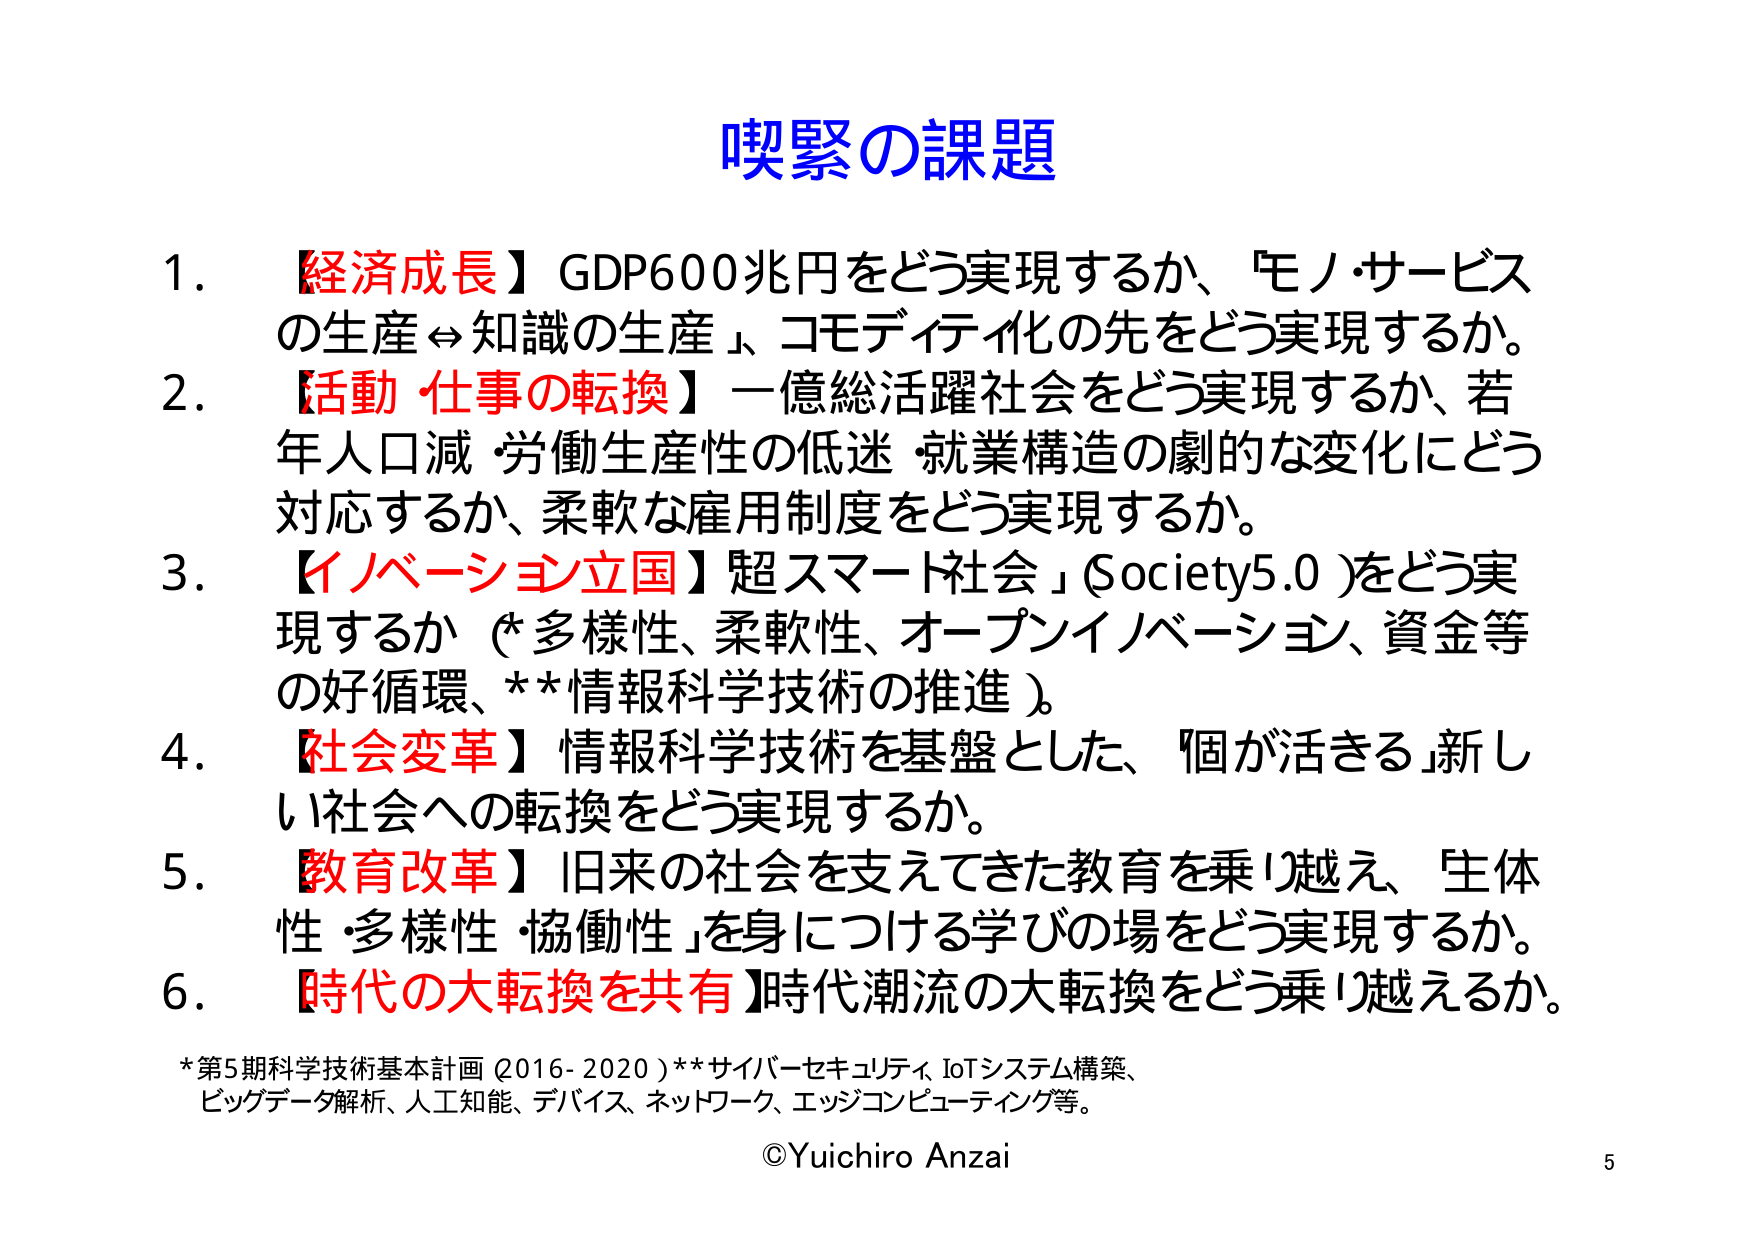
喫緊の課題

1. 【経済成長】GDP600兆円をどう実現するか、「モノ・サービスの生産⇔知識の生産」、コモディティ化の先をどう実現するか。
2. 【活動・仕事の転換】一億総活躍社会をどう実現するか、若年人口減・労働生産性の低迷・就業構造の劇的な変化にどう対応するか、柔軟な雇用制度をどう実現するか。
3. 【イノベーション立国】「超スマート社会」(Society5.0)をどう実現するか（*多様性、柔軟性、オープンイノベーション、資金等の好循環、**情報科学技術の推進）。
4. 【社会変革】情報科学技術を基盤とした、「個が活きる」新しい社会への転換をどう実現するか。
5. 【教育改革】旧来の社会を支えてきた教育を乗り越え、「生体性・多様性・協働性」を身につける学びの場をどう実現するか。
6. 【時代の大転換を共有】時代潮流の大転換をどう乗り越えるか。

*第5期科学技術基本計画（2016-2020）**サイバーセキュリティ、IoTシステム構築、ビッグデータ解析、人工知能、デバイス、ネットワーク、エッジコンピューティング等。

©Yuichiro Anzai
5